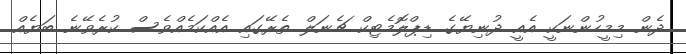
ދެން މިމީހުންނަކީ އެއީ ދުނިޔޭގެ ޑިޕްލޮމެޓިކް ޗެނަލް ތެރޭގައި އެއްކަމެއްވެސް ކުރެވޭނެ ބަޔެއް